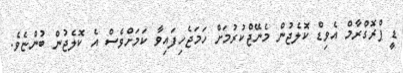
ޑީ ޕްރޮގްރާމް އެވިޑް ކޮލެޖުން މެނޭޖްކުރުމަށް ހަމަޖެހިފައިވާ ކަމަށްވެސް އެ ކޮލެޖުން ބުންޏެވެ.